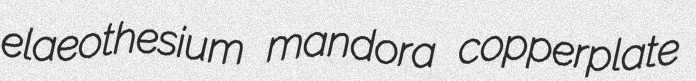
elaeothesium mandora copperplate